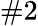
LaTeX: \# 2